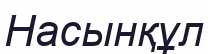
Насынқұл